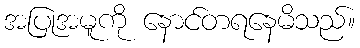
အပြုအမူကို နောင်တရနေမိသည်။